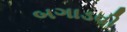
બગાડવી